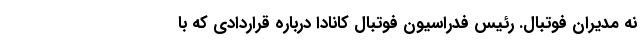
نه مدیران فوتبال. رئیس فدراسیون فوتبال کانادا درباره قراردادی که با